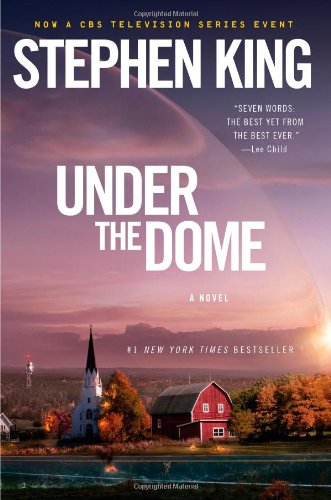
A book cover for Under the Dome: A Novel; Stephen King; Literature & Fiction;